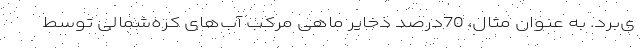
ی‌برد. به عنوان مثال، 70درصد ذخایر ماهی مرکب آب‌های کره‌شمالی توسط